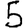
Digit: 5